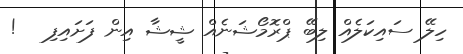
ހިލޭ ސައިކަލެއް ލިބޭ ޕްރޮމޯޝަނެއް ޝީޝާ އިން ފަށައިފި   !